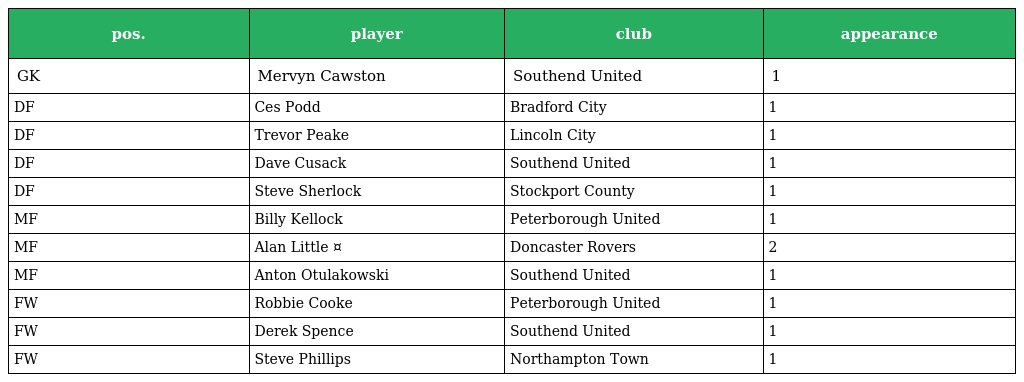
| pos. | player | club | appearance |
 | --- | --- | --- | --- |
 | GK | Mervyn Cawston | Southend United | 1 |
 | DF | Ces Podd | Bradford City | 1 |
 | DF | Trevor Peake | Lincoln City | 1 |
 | DF | Dave Cusack | Southend United | 1 |
 | DF | Steve Sherlock | Stockport County | 1 |
 | MF | Billy Kellock | Peterborough United | 1 |
 | MF | Alan Little ¤ | Doncaster Rovers | 2 |
 | MF | Anton Otulakowski | Southend United | 1 |
 | FW | Robbie Cooke | Peterborough United | 1 |
 | FW | Derek Spence | Southend United | 1 |
 | FW | Steve Phillips | Northampton Town | 1 |